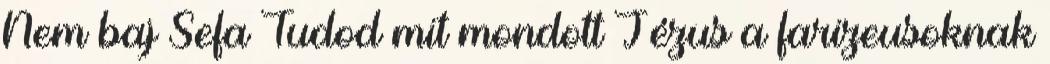
Nem baj Sefa Tudod mit mondott Jézus a farizeusoknak